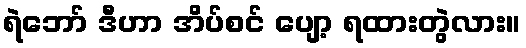
ရဲဘော် ဒီဟာ အိပ်စင် ပျော့ ရထားတွဲလား။